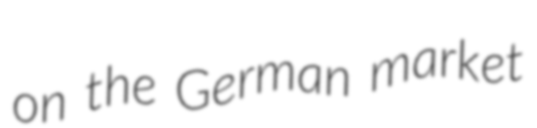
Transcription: on the German market